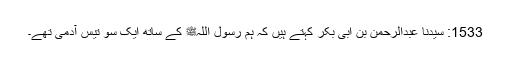
1533: سیدنا عبدالرحمن بن ابی بکرؓ کہتے ہیں کہ ہم رسول اللہﷺ کے ساتھ ایک سو تیس آدمی تھے۔